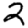
Digit: 2